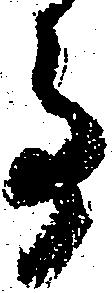
事